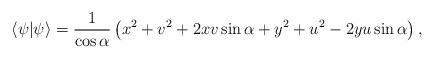
LaTeX: \begin{align*}\langle\psi|\psi\rangle={1\over\cos\alpha}\left(x^2+v^2+2xv\sin\alpha+y^2+u^2-2yu\sin\alpha\right), \end{align*}